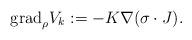
LaTeX: \begin{align*}{\rm grad}_{\rho}V_k:=- K \nabla (\sigma\cdot J). \end{align*}